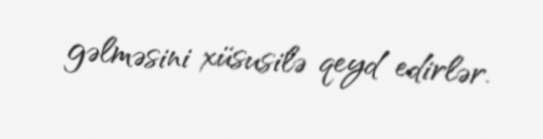
gəlməsini xüsusilə qeyd edirlər.